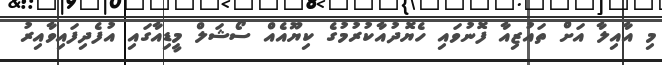
މި އާއިލާ އަށް ތައުޒިއާ ފޮނުވައި ހެޔޮދުއާކުރުމުގެ ކިޔޫއެއް ސޯޝަލް މީޑިއާގައި އުފެދިފައިވާއިރު